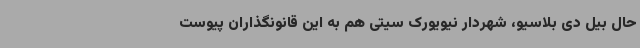
حال بیل دی بلاسیو، شهردار نیویورک سیتی هم به این قانونگذاران پیوست